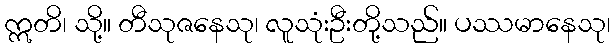
ဣတိ၊ သို့။ တီသုဇနေသု၊ လူသုံးဦးတို့သည်။ ပဿမာနေသု၊